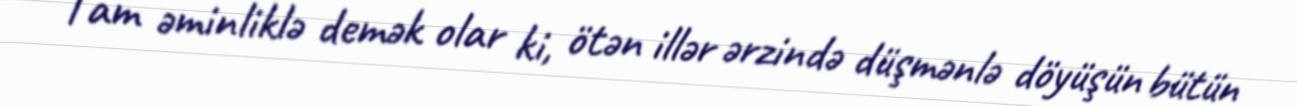
Tam əminliklə demək olar ki, ötən illər ərzində düşmənlə döyüşün bütün